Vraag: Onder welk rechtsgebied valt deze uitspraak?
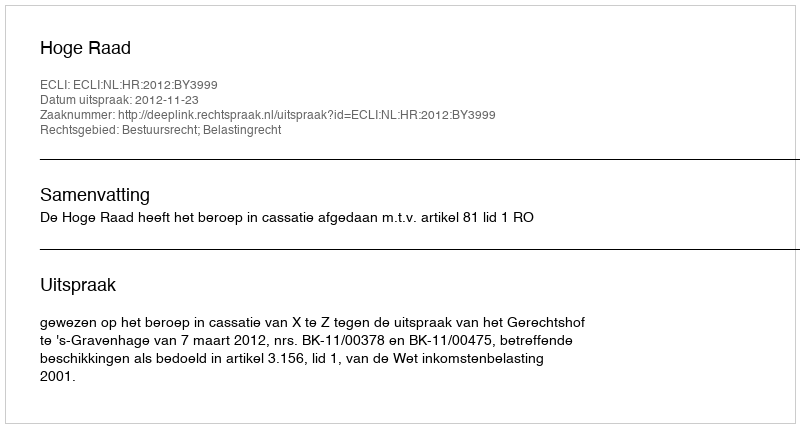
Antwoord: Bestuursrecht; Belastingrecht